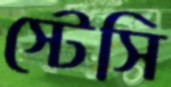
স্টেসি